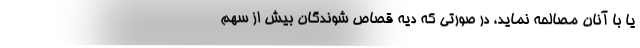
یا با آنان مصالحه نماید، در صورتی که دیه قصاص شوندگان بیش از سهم